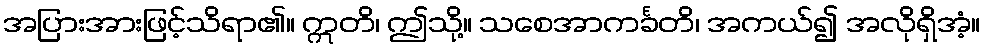
အပြားအားဖြင့်သိရာ၏။ ဣတိ၊ ဤသို့။ သစေအာကင်္ခတိ၊ အကယ်၍ အလိုရှိအံ့။